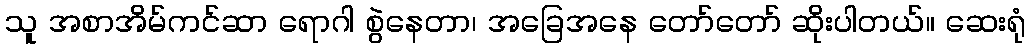
သူ အစာအိမ်ကင်ဆာ ရောဂါ စွဲနေတာ၊ အခြေအနေ တော်တော် ဆိုးပါတယ်။ ဆေးရုံ